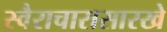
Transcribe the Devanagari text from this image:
स्वैराचारासारखे